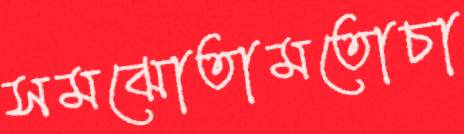
সমঝোতামতোচা